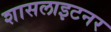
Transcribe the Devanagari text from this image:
शासलाइटनर